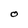
Character: O